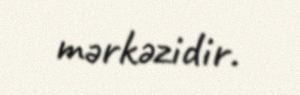
mərkəzidir.